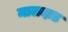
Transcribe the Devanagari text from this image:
मालदाड